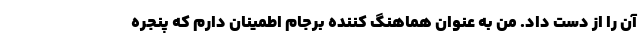
آن را از دست داد. من به عنوان هماهنگ کننده برجام اطمینان دارم که پنجره